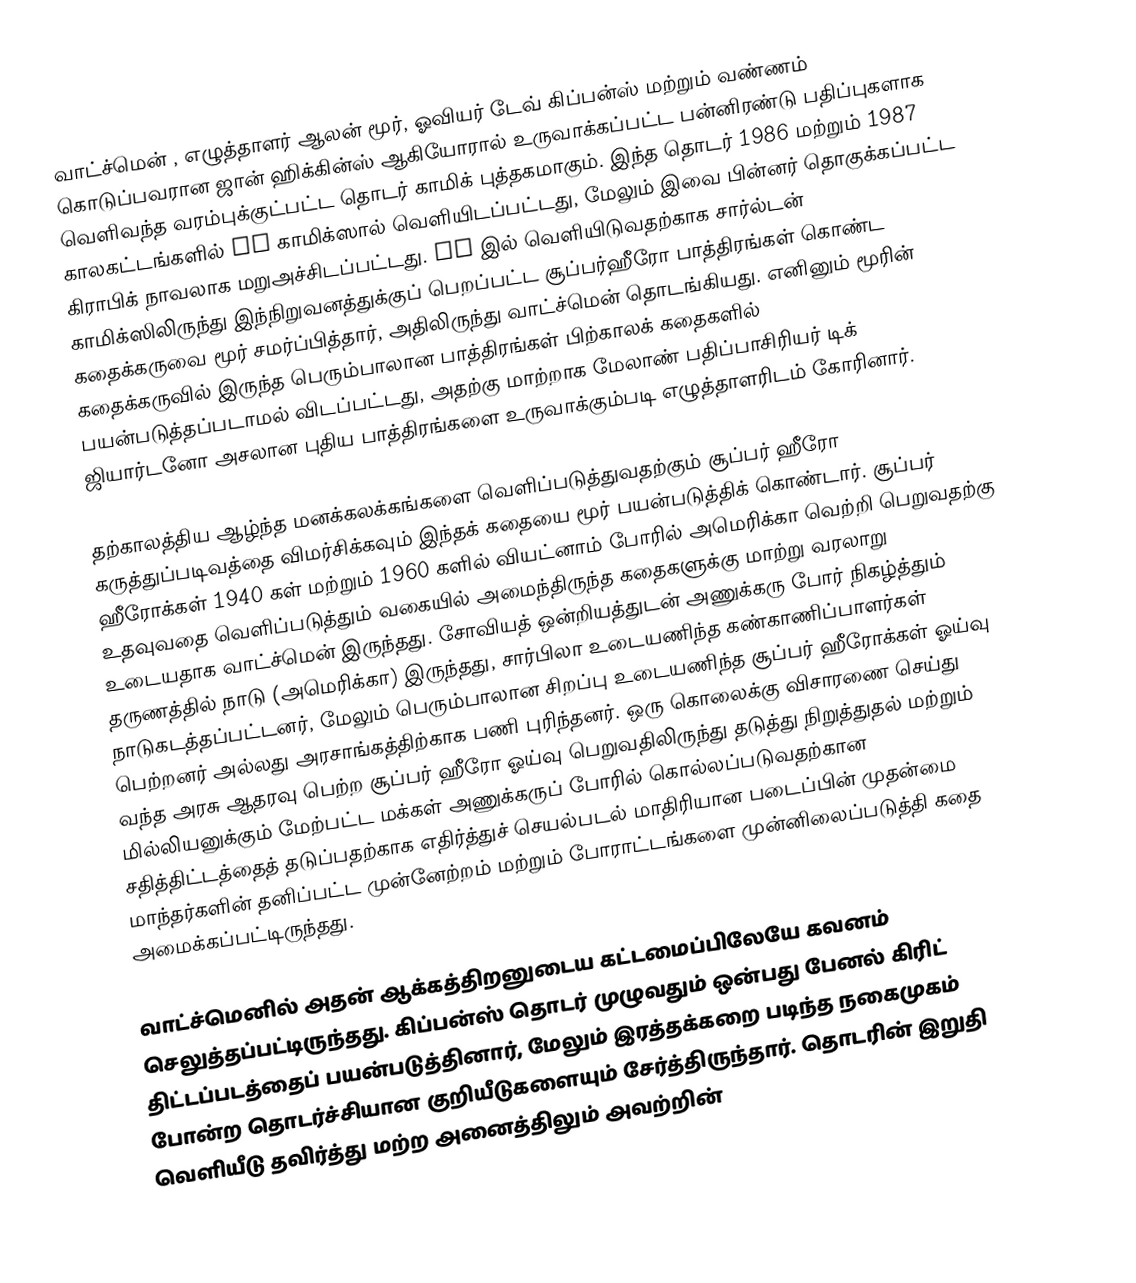
வாட்ச்மென் , எழுத்தாளர் ஆலன் மூர், ஓவியர் டேவ் கிப்பன்ஸ் மற்றும் வண்ணம் கொடுப்பவரான ஜான் ஹிக்கின்ஸ் ஆகியோரால் உருவாக்கப்பட்ட பன்னிரண்டு பதிப்புகளாக வெளிவந்த வரம்புக்குட்பட்ட தொடர் காமிக் புத்தகமாகும். இந்த தொடர் 1986 மற்றும் 1987 காலகட்டங்களில் DC காமிக்ஸால் வெளியிடப்பட்டது, மேலும் இவை பின்னர் தொகுக்கப்பட்ட கிராபிக் நாவலாக மறுஅச்சிடப்பட்டது. DC இல் வெளியிடுவதற்காக சார்ல்டன் காமிக்ஸிலிருந்து இந்நிறுவனத்துக்குப் பெறப்பட்ட சூப்பர்ஹீரோ பாத்திரங்கள் கொண்ட கதைக்கருவை மூர் சமர்ப்பித்தார், அதிலிருந்து வாட்ச்மென் தொடங்கியது. எனினும் மூரின் கதைக்கருவில் இருந்த பெரும்பாலான பாத்திரங்கள் பிற்காலக் கதைகளில் பயன்படுத்தப்படாமல் விடப்பட்டது, அதற்கு மாற்றாக மேலாண் பதிப்பாசிரியர் டிக் ஜியார்டனோ அசலான புதிய பாத்திரங்களை உருவாக்கும்படி எழுத்தாளரிடம் கோரினார்.

தற்காலத்திய ஆழ்ந்த மனக்கலக்கங்களை வெளிப்படுத்துவதற்கும் சூப்பர் ஹீரோ கருத்துப்படிவத்தை விமர்சிக்கவும் இந்தக் கதையை மூர் பயன்படுத்திக் கொண்டார். சூப்பர் ஹீரோக்கள் 1940 கள் மற்றும் 1960 களில் வியட்னாம் போரில் அமெரிக்கா வெற்றி பெறுவதற்கு உதவுவதை வெளிப்படுத்தும் வகையில் அமைந்திருந்த கதைகளுக்கு மாற்று வரலாறு உடையதாக வாட்ச்மென் இருந்தது. சோவியத் ஒன்றியத்துடன் அணுக்கரு போர் நிகழ்த்தும் தருணத்தில் நாடு (அமெரிக்கா) இருந்தது, சார்பிலா உடையணிந்த கண்காணிப்பாளர்கள் நாடுகடத்தப்பட்டனர், மேலும் பெரும்பாலான சிறப்பு உடையணிந்த சூப்பர் ஹீரோக்கள் ஓய்வு பெற்றனர் அல்லது அரசாங்கத்திற்காக பணி புரிந்தனர். ஒரு கொலைக்கு விசாரணை செய்து வந்த அரசு ஆதரவு பெற்ற சூப்பர் ஹீரோ ஓய்வு பெறுவதிலிருந்து தடுத்து நிறுத்துதல் மற்றும் மில்லியனுக்கும் மேற்பட்ட மக்கள் அணுக்கருப் போரில் கொல்லப்படுவதற்கான சதித்திட்டத்தைத் தடுப்பதற்காக எதிர்த்துச் செயல்படல் மாதிரியான படைப்பின் முதன்மை மாந்தர்களின் தனிப்பட்ட முன்னேற்றம் மற்றும் போராட்டங்களை முன்னிலைப்படுத்தி கதை அமைக்கப்பட்டிருந்தது.

வாட்ச்மெனில் அதன் ஆக்கத்திறனுடைய கட்டமைப்பிலேயே கவனம் செலுத்தப்பட்டிருந்தது. கிப்பன்ஸ் தொடர் முழுவதும் ஒன்பது பேனல் கிரிட் திட்டப்படத்தைப் பயன்படுத்தினார், மேலும் இரத்தக்கறை படிந்த நகைமுகம் போன்ற தொடர்ச்சியான குறியீடுகளையும் சேர்த்திருந்தார். தொடரின் இறுதி வெளியீடு தவிர்த்து மற்ற அனைத்திலும் அவற்றின்